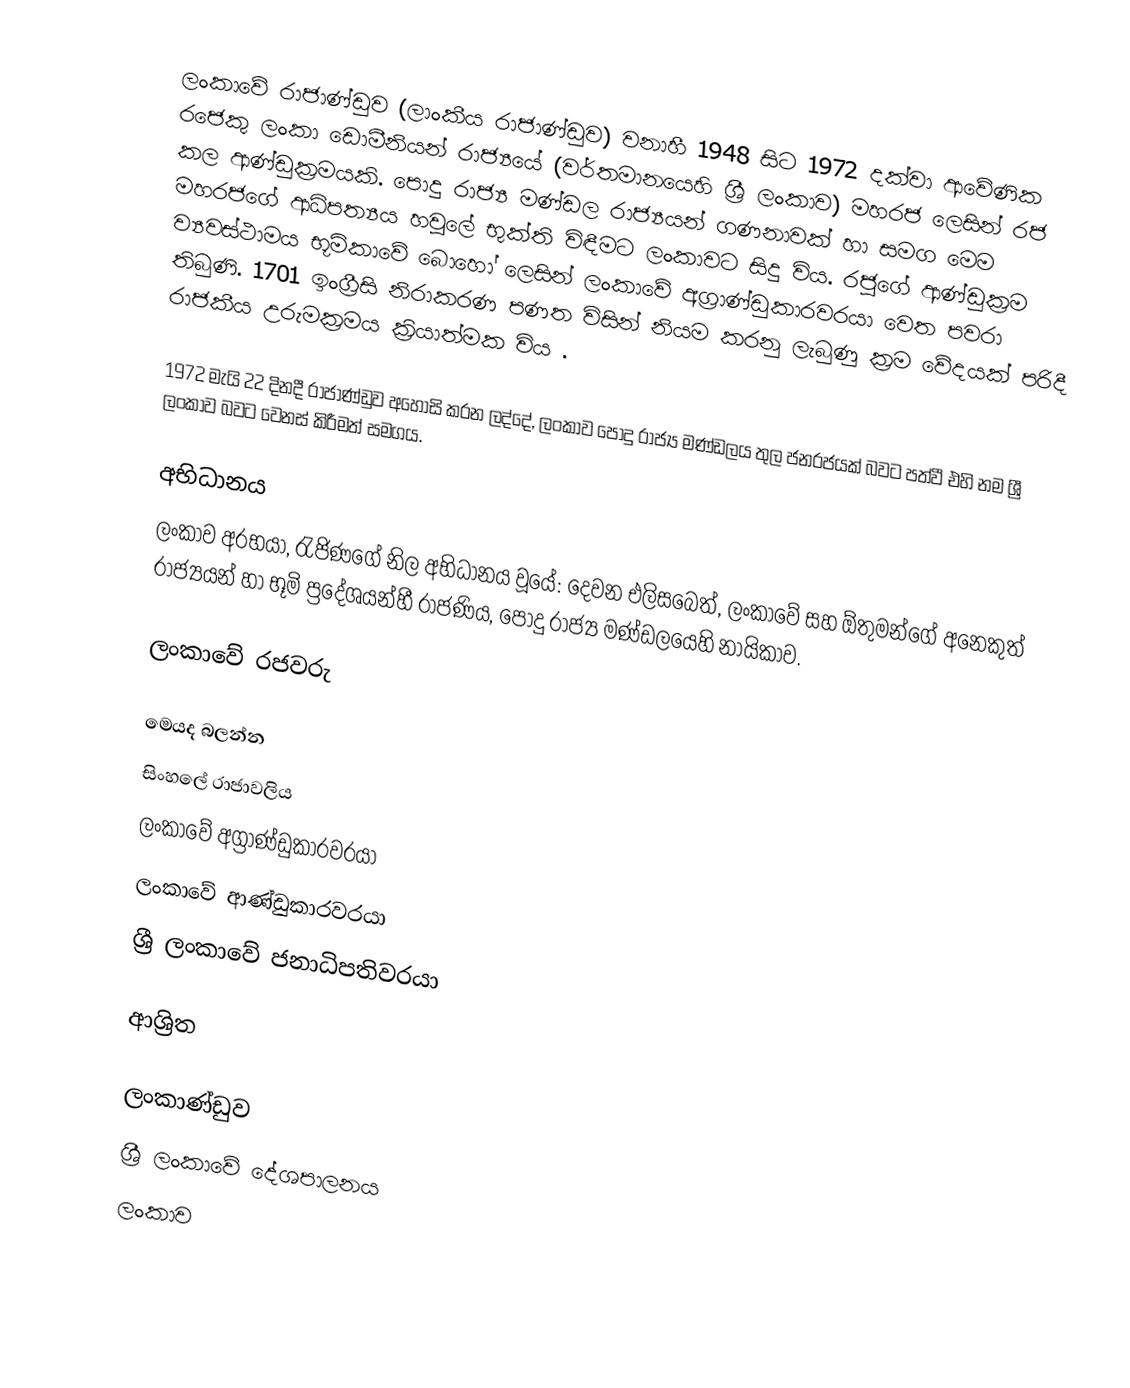
ලංකාවේ රාජාණ්ඩුව (ලාංකීය රාජාණ්ඩුව) වනාහී 1948 සිට 1972 දක්වා ආවේණික රජෙකු ලංකා ඩොමීනියන් රාජ්‍යයේ (වර්තමානයෙහි ශ්‍රී ලංකාව)  මහරජ ලෙසින්  රජ කල ආණ්ඩුක්‍රමයකි. පොදු රාජ්‍ය මණ්ඩල රාජ්‍යයන් ගණනාවක් හා සමග මෙම මහරජගේ ආධිපත්‍යය හවුලේ භුක්ති විඳීමට ලංකාවට සිදු විය. රජුගේ ආණ්ඩුක්‍රම ව්‍යවස්ථාමය භූමිකාවේ බොහෝ ලෙසින් ලංකාවේ අග්‍රාණ්ඩුකාරවරයා වෙත පවරා තිබුණි. 1701 ඉංග්‍රීසි නිරාකරණ පණත විසින් නියම කරනු ලැබුණු ක්‍රම වේදයක් පරිදී රාජකීය උරුමක්‍රමය ක්‍රියාත්මක විය .

1972 මැයි 22 දිනදී රාජාණ්ඩුව අහෝසි කරන ලද්දේ, ලංකාව  පොදු රාජ්‍ය මණ්ඩලය තුල ජනරජයක් බවට පත්වී එහි නම ශ්‍රී ලංකාව බවට වෙනස් කිරීමත් සමගය.

අභිධානය
ලංකාව අරභයා, රැජිණගේ නිල අභිධානය වූයේ: දෙවන එලිසබෙත්, ලංකාවේ සහ ඕතුමන්ගේ අනෙකුත් රාජ්‍යයන් හා භූමි ප්‍රදේශයන්හී රාජණිය, පොදු රාජ්‍ය මණ්ඩලයෙහි නායිකාව.

ලංකාවේ රජවරු

මෙයද බලන්න
 සිංහලේ රාජාවලිය
 ලංකාවේ අග්‍රාණ්ඩුකාරවරයා
 ලංකාවේ ආණ්ඩුකාරවරයා
 ශ්‍රී ලංකාවේ ජනාධිපතිවරයා

ආශ්‍රිත

ලංකාණ්ඩුව
ශ්‍රී ලංකාවේ දේශපාලනය
ලංකාව